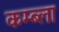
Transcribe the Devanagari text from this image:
कम्ब्ला